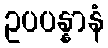
ဥပပန္နာနံ